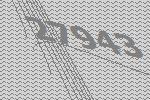
27943